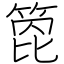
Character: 箆